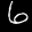
Label: 6